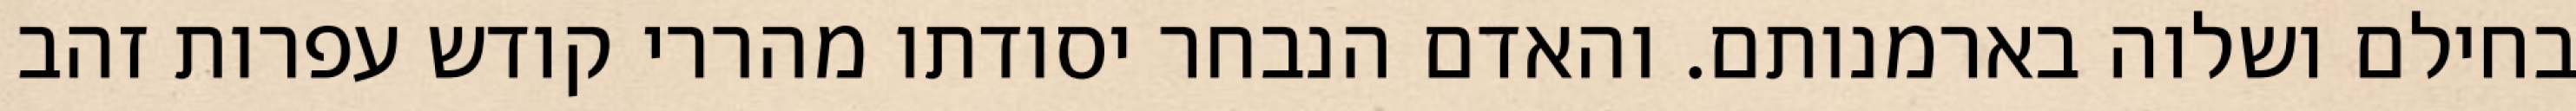
בחילם ושלוה בארמנותם. והאדם הנבחר יסודתו מהררי קודש עפרות זהב